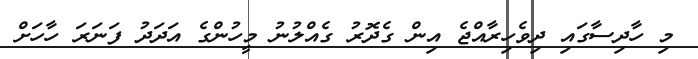
މި ހާދިސާގައި ދިވެހިރާއްޖެ އިން ގެދޮރު ގެއްލުނު މީހުންގެ އަދަދު ފަނަރަ ހާހަށް